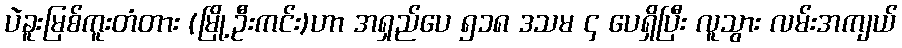
ပဲခူးမြစ်ကူးတံတား (မြို့ဦးကင်း)ဟာ အရှည်ပေ ၅၁၈ ဒသမ ၄ ပေရှိပြီး လူသွား လမ်းအကျယ်